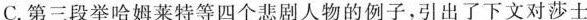
C.第三段举哈姆莱特等四个悲剧人物的例子，引出了下文对莎士